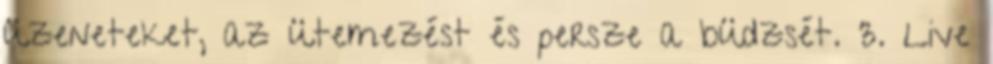
üzeneteket, az ütemezést és persze a büdzsét. 3. Live